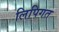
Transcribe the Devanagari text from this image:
लिपिगत